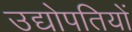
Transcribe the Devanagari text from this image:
उद्योपतियों